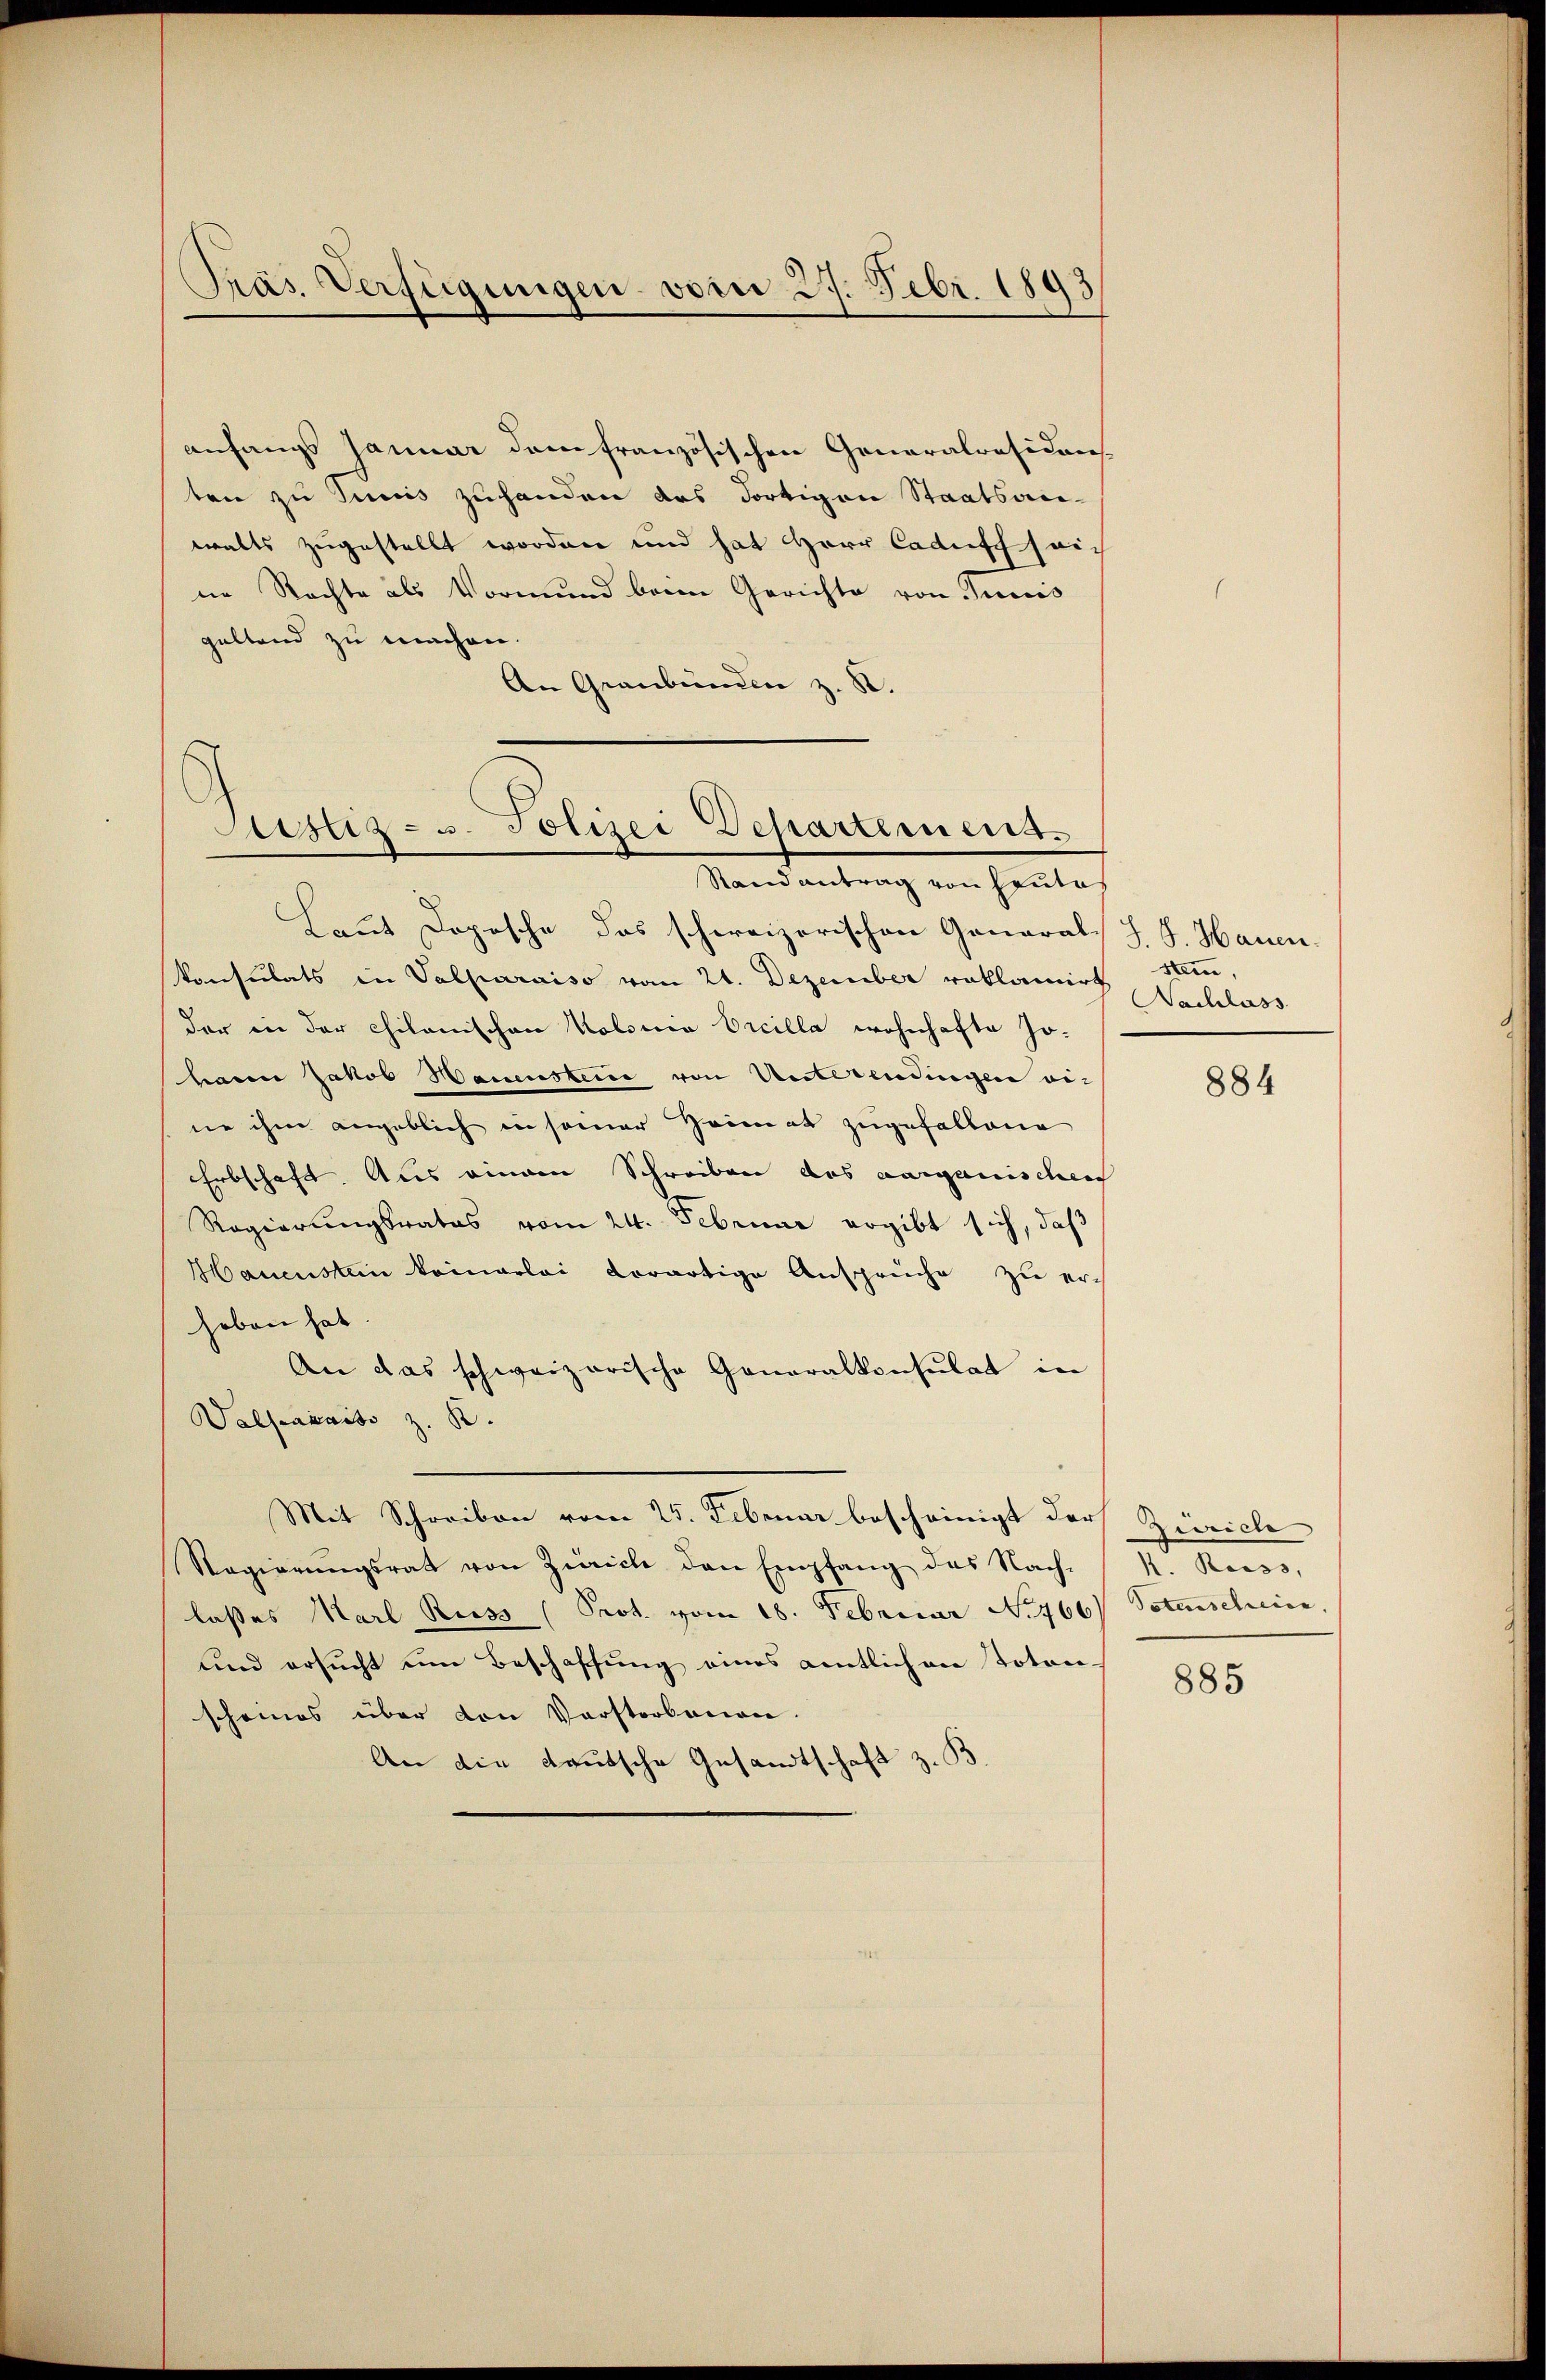
anfangs Januar dem französischen Generalräsiden-
ten zu Tinis zuhanden das dortigen Staatsan-
walts zugestellt worden und hat Herr Caduff seiin Rechte als Vormund beim Gerichte von Junis
geltend zu machen.
An Graubünden z. B.

Pras. Verfügungen vom 27. Febr. 1893

Justiz- u. Polizei Departement.
Randantrag von Leutes

Laut Depesche das schweizerischen General-
konsulats in Valparaiso vom 21. Dezember reklamirt
der in der Chilanischen Kolona Orcilla wohnhafte Joharen Jakob Wamensterie von Unterendingen eine ihm angeblich in seiner Primat zugefallene
Erbschaft. Aus einem Schreiben des aarganischen
Regierungsrates vom 24. Februar ergibt sich, daß
Hauenstein kommerlei derartige Ansprüche zu er-
haben hat
An das schweizerische Generalkonsulat in
Walseraite z. B.
Mit Schreiben vom 25. Februar bescheinigt der
Ragierŭngsrat von Zürich den Empfang des Nach-
lasses Karl Riess (Prot. vom 18. Februar No. 466
und ersucht um Beschaffung eines amtlichen totonscheines über von Vorstorbenen.
An die deutsche Gesandtschaft z. B

S. G. Hauen.
stein,
Nachlass

884

Zürich
N. Reiss,
Veterschreien,

885